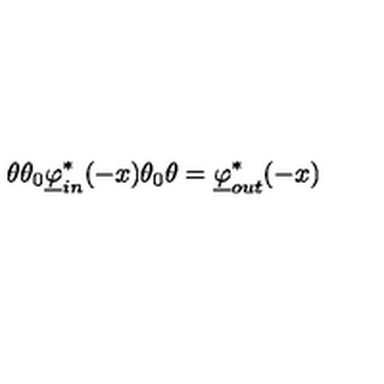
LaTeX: \theta \theta _ { 0 } \underline { \varphi } _ { i n } ^ { * } ( - x ) \theta _ { 0 } \theta = \underline { \varphi } _ { o u t } ^ { * } ( - x )